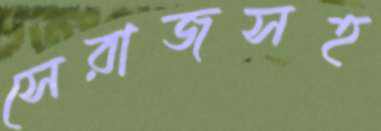
সেরাজসহ